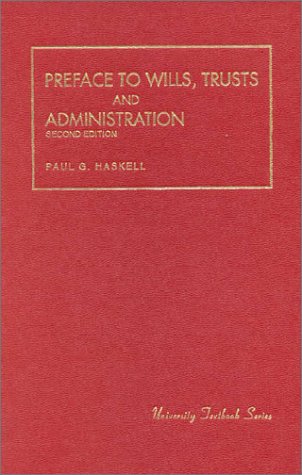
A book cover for Preface To Wills, Trusts and Administration (University Textbook Series); Paul Haskell; Law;